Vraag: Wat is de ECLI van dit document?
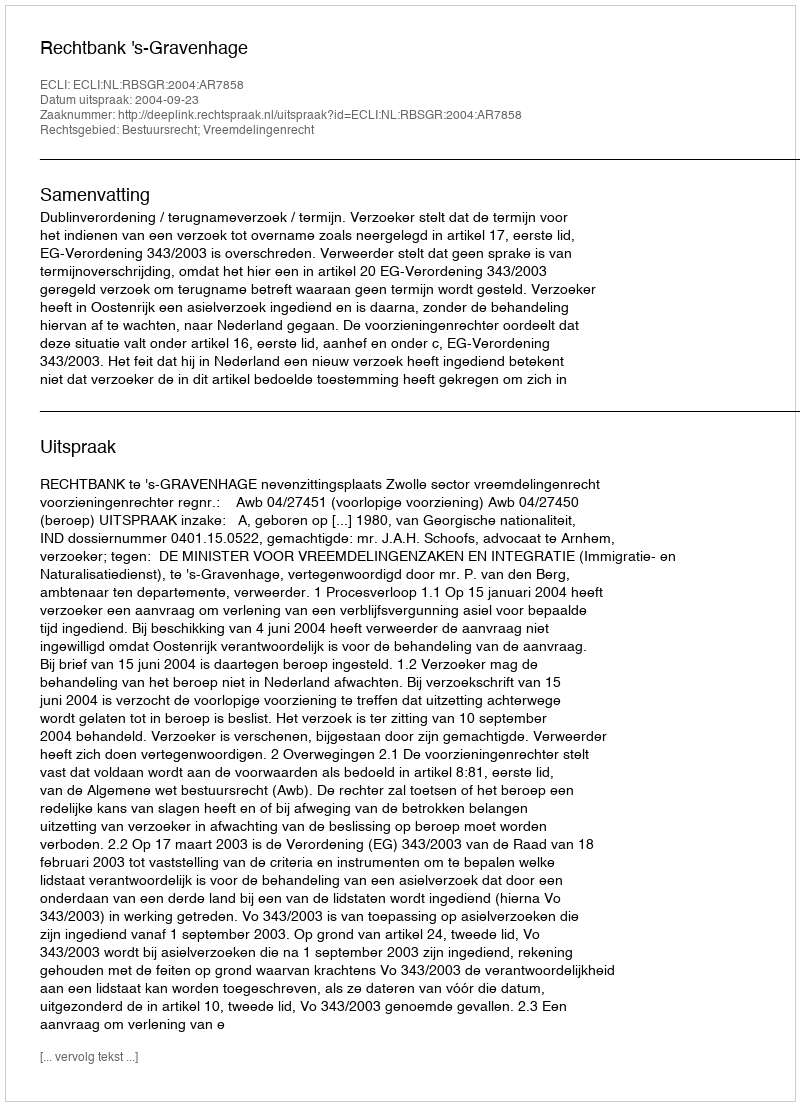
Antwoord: ECLI:NL:RBSGR:2004:AR7858